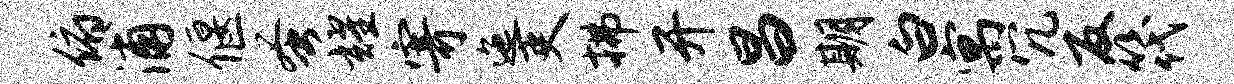
俯浦偃蚤耀寄迤吏拂开昌期白寓冗反筏